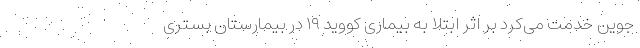
جوین خدمت می‌کرد بر اثر ابتلا به بیماری کووید ۱۹ در بیمارستان بستری